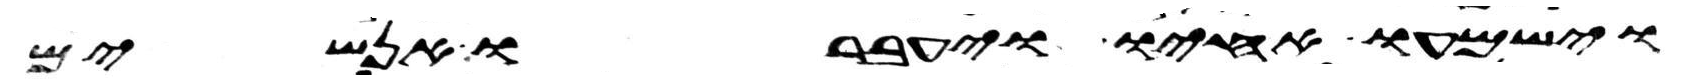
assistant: וישמעו אחיו ויעברו אנשים